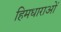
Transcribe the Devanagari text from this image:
हिमधाराओं